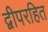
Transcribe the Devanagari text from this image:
द्वीपरहित